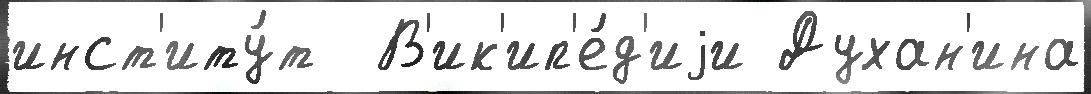
инст'иту́т  В'ик'ип'е́д'иjи Духан'ина